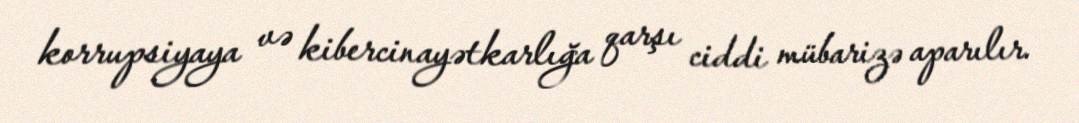
korrupsiyaya və kibercinayətkarlığa qarşı ciddi mübarizə aparılır.